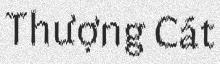
Thượng Cát